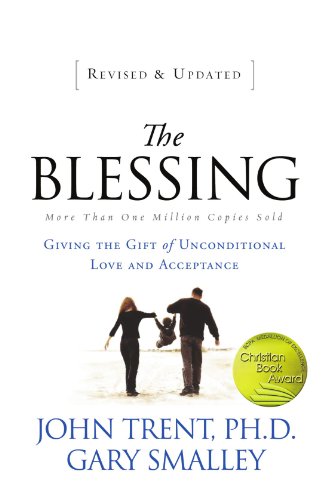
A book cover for The Blessing: Giving the Gift of Unconditional Love and Acceptance; John Trent; Christian Books & Bibles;